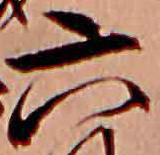
六